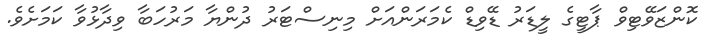
ކޮންޒަވޭޓިވް ޕާޓީގެ ލީޑަރު ޑޭވިޑް ކެމަރަންއަށް މިނިސްޓަރު ދުންޔާ މަރުހަބާ ވިދާޅުވާ ކަމަށެވެ.